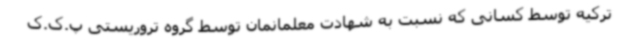
ترکیه توسط کسانی که نسبت به شهادت معلمانمان توسط گروه تروریستی پ.ک.ک